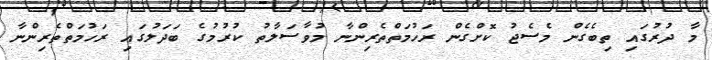
މާ ދުރުގައި ތިބެގެން މެސެޖު ކޮށްގެން ރަހުމަތްތެރިންނާ މުވާސަލާތު ކުރުމުގެ ބަދަލުގައި ރަހުމަތްތެރިންނާ